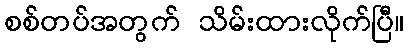
စစ်တပ်အတွက် သိမ်းထားလိုက်ပြီ။